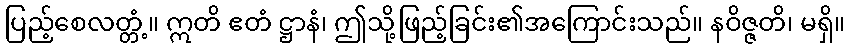
ပြည့်စေလတ္တံ့။ ဣတိ ဧတံ ဋ္ဌာနံ၊ ဤသို့ဖြည့်ခြင်း၏အကြောင်းသည်။ နဝိဇ္ဇတိ၊ မရှိ။